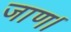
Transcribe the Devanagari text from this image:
जाण।